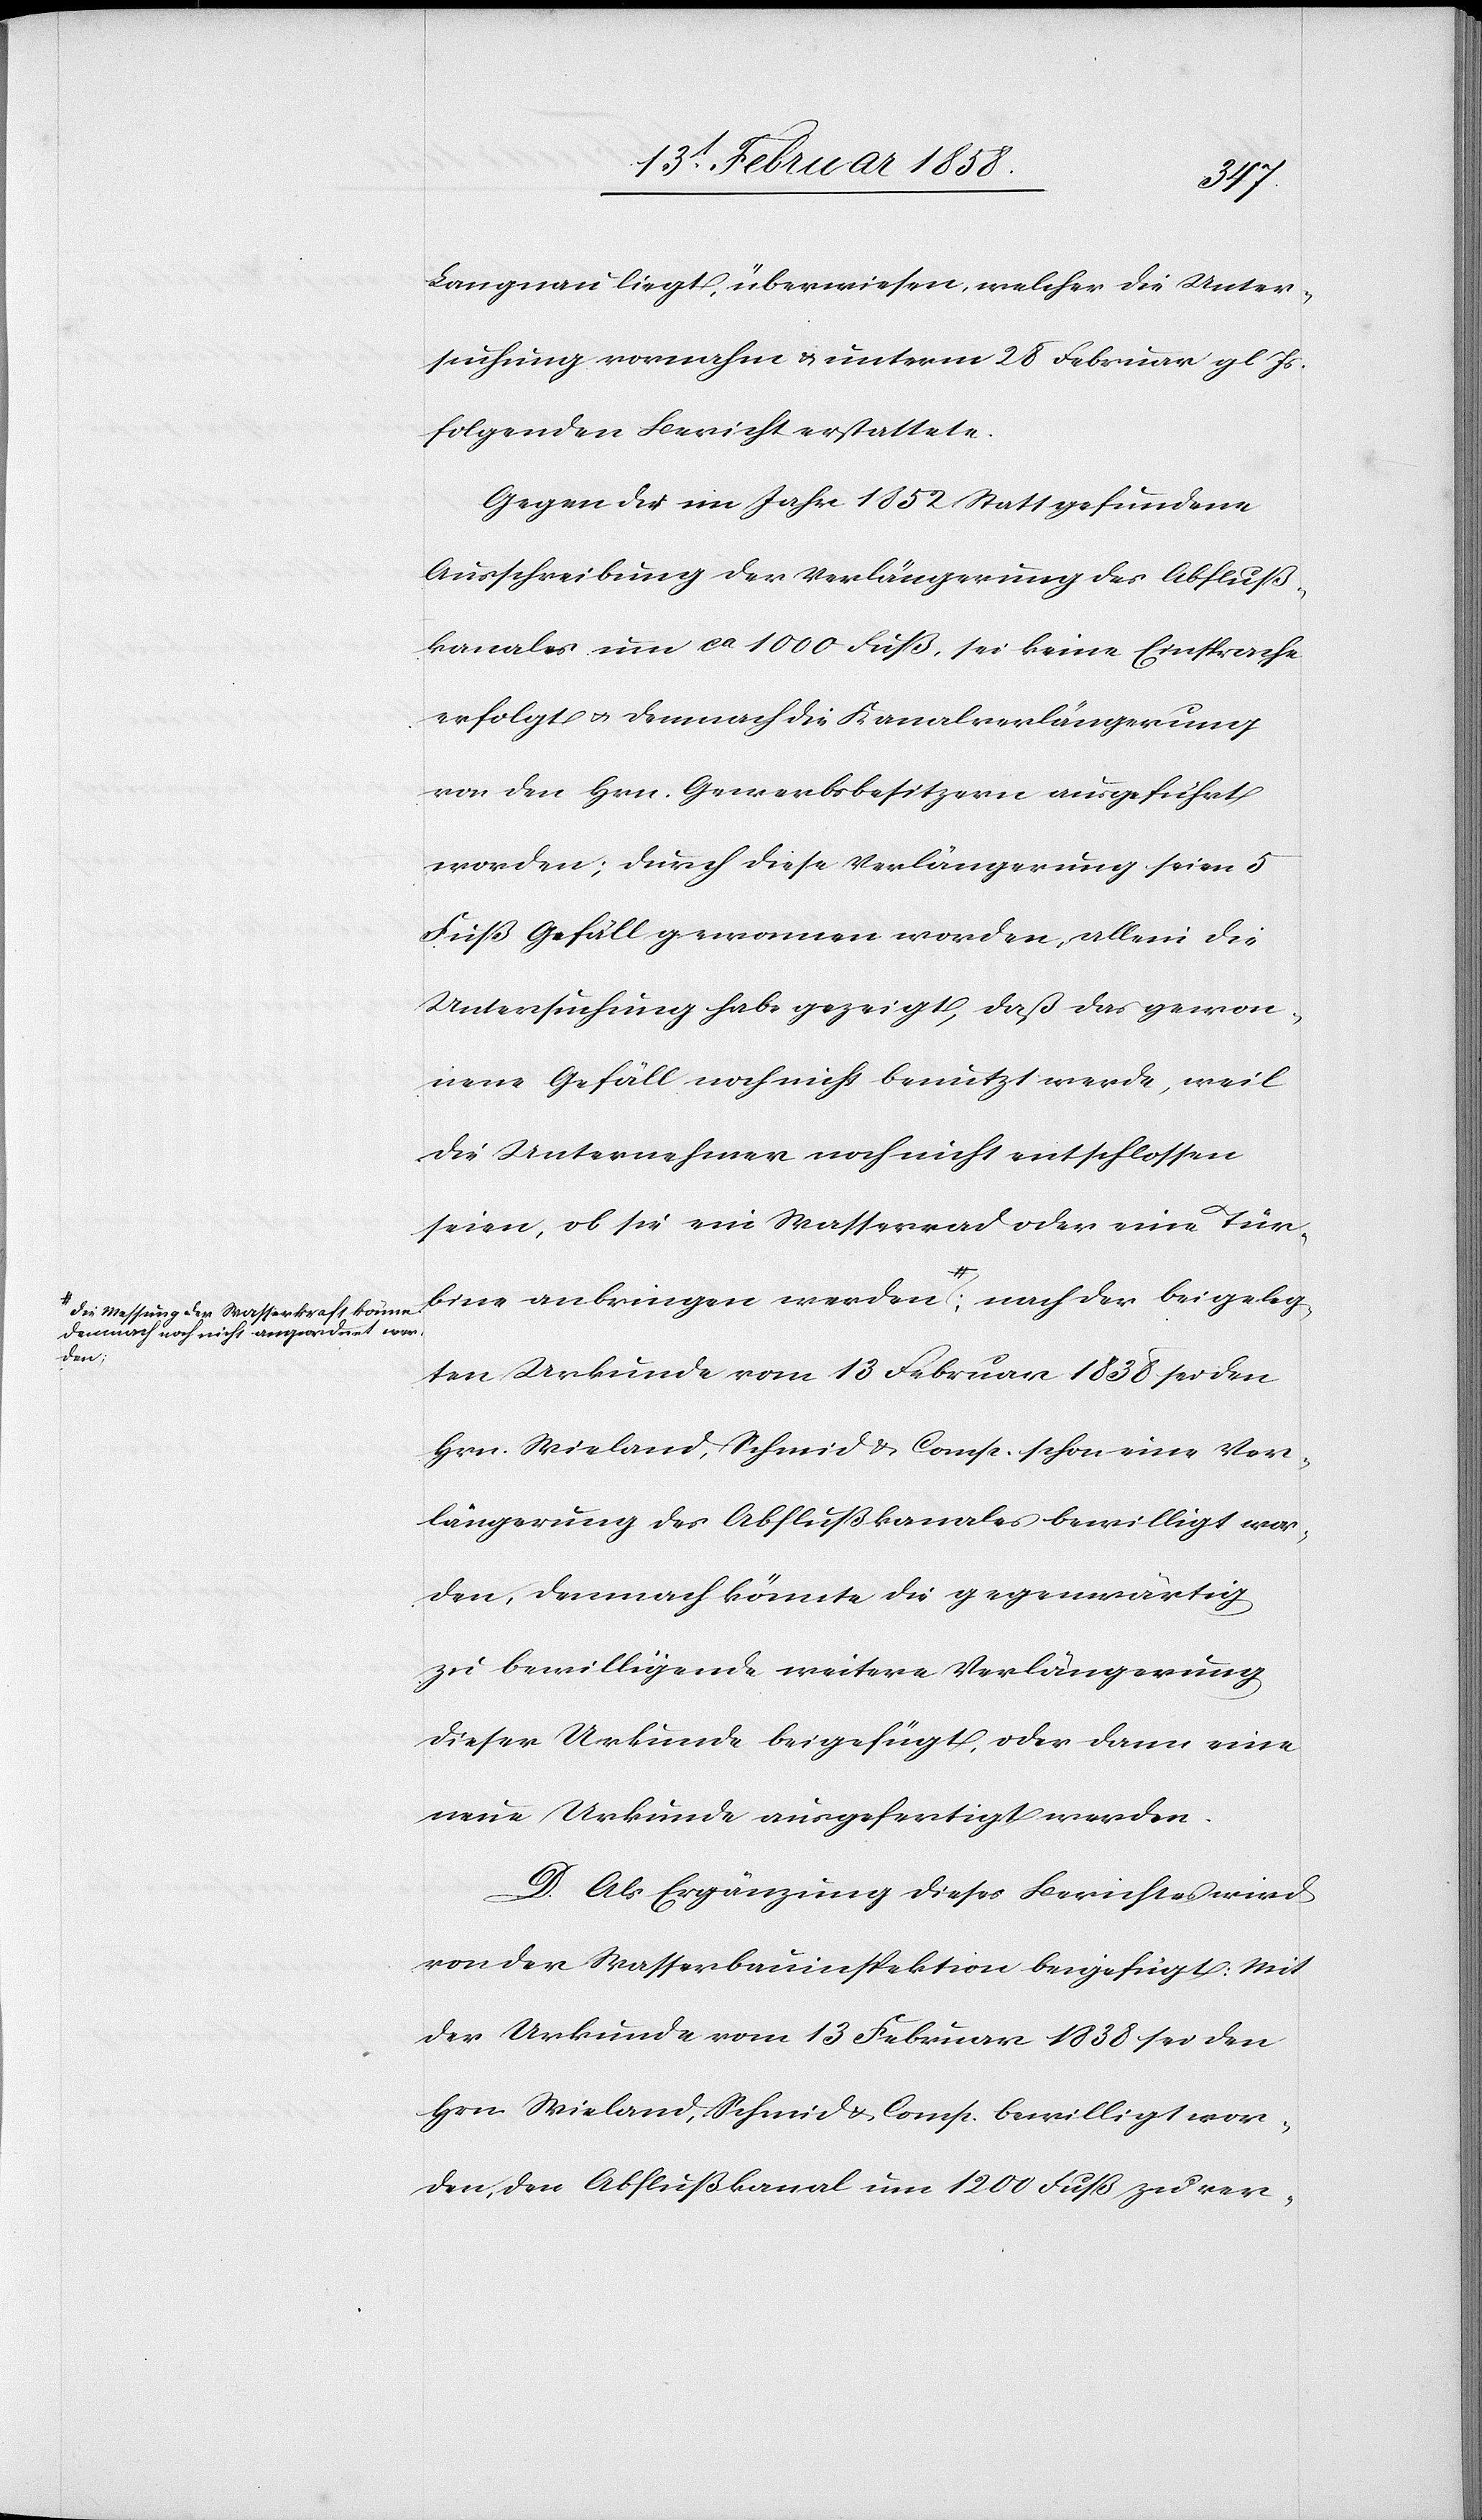
demnach noch nicht angeordnet wer¬
der

beigeleg¬
Langnau liegt, überwiesen, welcher die Unter¬
suchung vornahm & unterm 28 Februar gl Js.
folgenden Bericht erstattete.
Gegen die im Jahr 1852 Statt gefundene
Ausschreibung der Verlängerung des Abfluß¬
kanales um ca 1000 Fuß, sei keine Einsprache
erfolgt u. demnach die Kanalverlängerung
von den Hrn. Gewerbsbesitzern ausgeführt
worden; durch diese Verlängerung seien 5
Fuß Gefäll gewonnen worden, allein die
Untersuchung habe gezeigt, daß das gewon¬
nene Gefäll noch nicht benutzt werde, weil
die Unternehmer noch nicht entschlossen
seien, ob sie ein Wasserrad oder eine Tür¬
bine anbringen werden. a-Die Messung der
ten Urkunde vom 13 Februar 1838 sei den
Hrn. Wieland, Schmid & Comp. schon eine Ver¬
längerung des Abflußkanales bewilligt wor¬
den, demnach könnte die gegenwärtig
zu bewilligende weitere Verlängerung
dieser Urkunde beigefügt, oder dann eine
neue Urkunde ausgefertigt werden.
D. Als Ergänzung dieses Berichtes wird
von der Wasserbauinspektion beigefügt: Mit
der Urkunde vom 13 Februar 1838 sei den
Hrn. Wieland, Schmid & Comp. bewilligt wor¬
den, den Abflußkanal um 1200 Fuß zu ver-